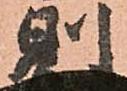
則